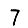
Digit: 7